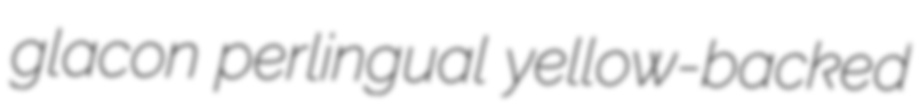
glacon perlingual yellow-backed